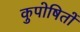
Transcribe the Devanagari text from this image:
कुपोषितों